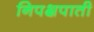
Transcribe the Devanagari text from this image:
निपक्षपाती